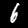
Digit: 6